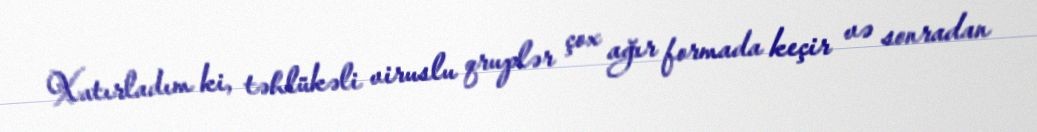
Xatırladım ki, təhlükəli viruslu qruplər çox ağır formada keçir və sonradan